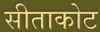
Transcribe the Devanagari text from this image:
सीताकोट